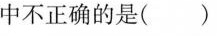
中不正确的是( )